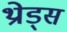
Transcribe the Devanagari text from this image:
थ्रोड्स